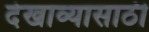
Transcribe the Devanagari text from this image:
देखाव्यासाठी